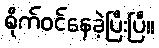
စိုက်ဝင်နေခဲ့ပြီးပြီ။